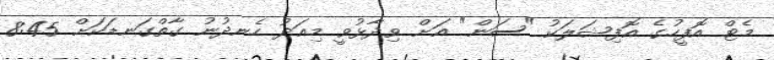
މެޓް އޮފީހުގެ އޮފިޝަލަކު "ސަން" އަށް ވިދާޅުވީ މިއަދު ހެނދުނު ގާތްގަނޑަކަށް 8:45